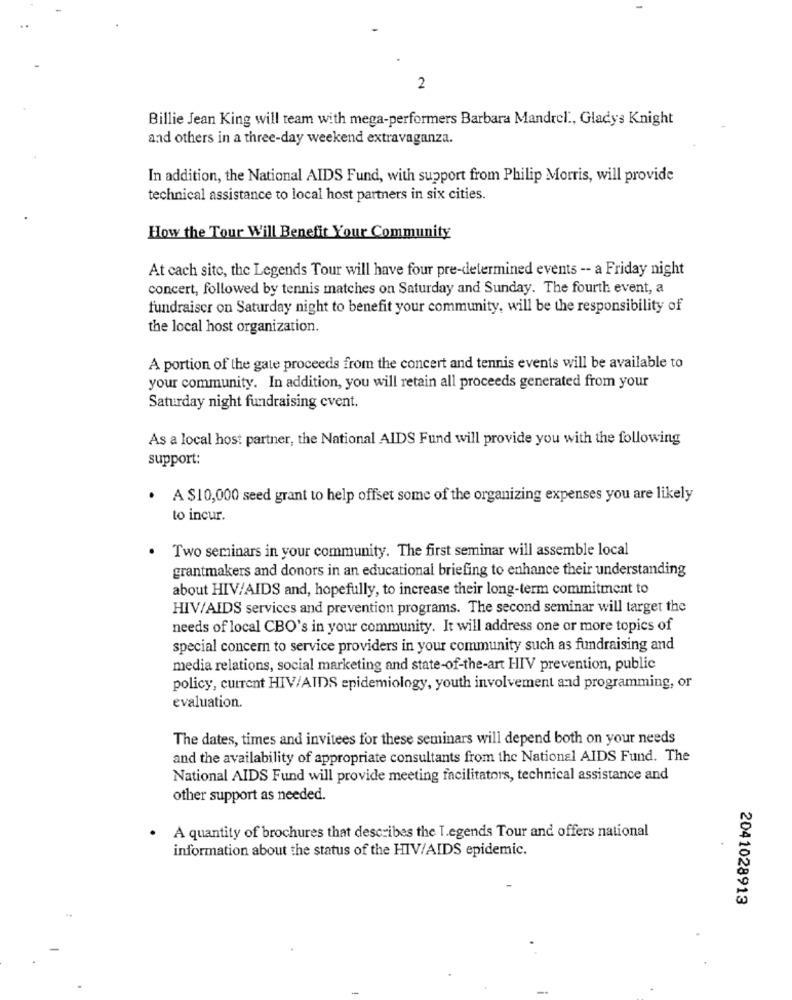
2
Billie Jean King will team with mega-performers Barbara Mandrel ., Gladys Knight
and others in a three-day weekend extravaganza.
In addition, the National AIDS Fund, with support from Philip Morris, will provide
technical assistance to local host partners in six cities.
How the Tour Will Benefit Your Community
At cach site, the Legends Tour will have four pre-determined events -- a Friday night
concert, followed by tennis matches on Saturday and Sunday. The fourth event, a
fundraiser on Saturday night to benefit your community, will be the responsibility of
the local host organization.
A portion of the gate proceeds from the concert and tennis events will be available to
your community. In addition, you will retain all proceeds generated from your
Saturday night fundraising event.
As a local host partner, the National AIDS Fund will provide you with the following
support:
. A $10,000 seed grant to help offset some of the organizing expenses you are likely
to incur.
Two seminars in your community. The first seminar will assemble local
grantmakers and donors in an educational briefing to enhance their understanding
about HIV/AIDS and, hopefully, to increase their long-term commitment to
HIV/AIDS services and prevention programs. The second seminar will target the
needs of local CBO's in your community. It will address one or more topics of
special concern to service providers in your community such as fundraising and
media relations, social marketing and state-of-the-art HIV prevention, public
policy, current HIV/AIDS epidemiology, youth involvement and programming, or
evaluation.
The dates, times and invitees for these seminars will depend both on your needs
and the availability of appropriate consultants from the National AIDS Fund. The
National AIDS Fund will provide meeting facilitators, technical assistance and
other support as needed.
A quantity of brochures that describes the Legends Tour and offers national
information about the status of the HIV/AIDS epidemic.
2041028913